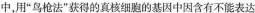
中，用”鸟枪法”获得的真核细胞的基因中因含有不能表达